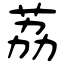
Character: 荔